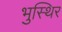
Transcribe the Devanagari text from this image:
भुस्थिर